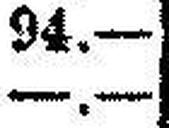
—.—